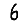
Digit: 6